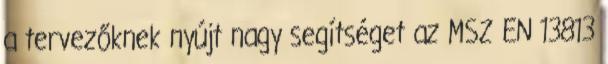
a tervezőknek nyújt nagy segítséget az MSZ EN 13813